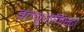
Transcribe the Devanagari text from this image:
इल्‍यूजनिस्‍टा